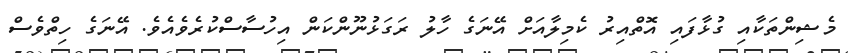
މެޝިންތަކާއި ގުޅާފައި އޮތްއިރު ކެމިލާއަށް އޭނަގެ ހާލު ރަގަޅުނޫންކަން އިހުސާސްކުރެވެއެވެ. އޭނަގެ ހިތްވެސް